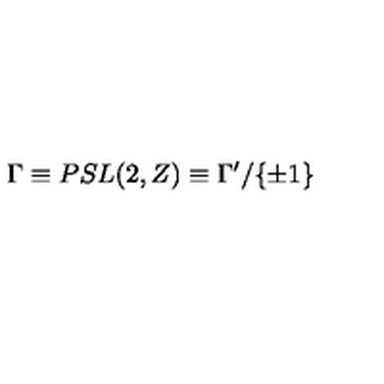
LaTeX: { \Gamma } \equiv P S L ( 2 , Z ) \equiv \Gamma ^ { \prime } / { \{ \pm 1 \} }